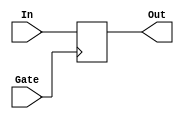
module Memoire(In, Gate, Out);

parameter BUS_SIZE = 8;
parameter GATE_POLARITY = 0; // 0 = Front descendant de Gate et 1 = Front montant de Gate

input[(BUS_SIZE-1):0] In;
input Gate;

wire iGate;
output reg[(BUS_SIZE-1):0] Out;

always @(negedge(iGate))
begin

	Out <= In;

end

assign iGate = (GATE_POLARITY == 0) ? Gate : ~Gate;

endmodule